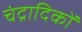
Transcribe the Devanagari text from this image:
चंद्रादिकों